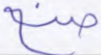
صنع